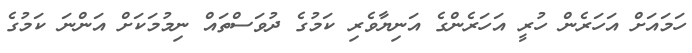
ހަމައަށް އަހަރެން ހުރީ އަހަރެންގެ އަނިޔާވެރި ކަމުގެ ދުވަސްތައް ނިމުމަކަށް އަންނަ ކަމުގެ